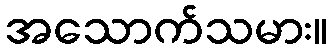
အသောက်သမား။